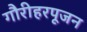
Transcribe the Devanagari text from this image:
गौरीहरपूजन